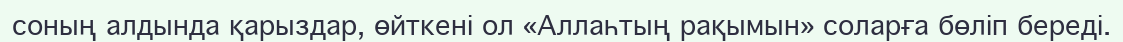
соның алдында қарыздар, өйткені ол «Аллаһтың рақымын» соларға бөліп береді.